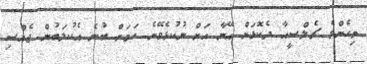
މިހެންވެ ޗެލްސީއާ ދެކޮޅަށް އޭނާ އަށް ނުކުޅެވޭނެ ކަމަށް ބުނެ އެކުލަބުން ޖެއްސި